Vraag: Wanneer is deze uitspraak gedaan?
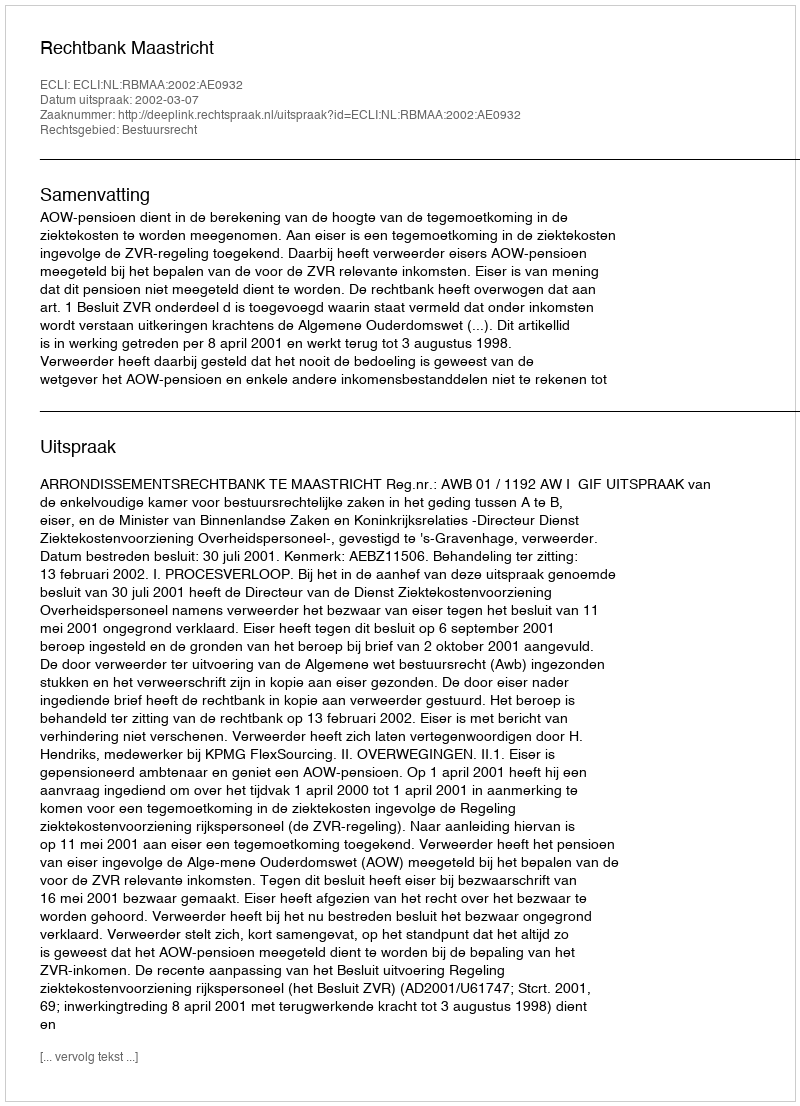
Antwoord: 2002-03-07